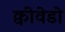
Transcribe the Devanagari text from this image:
क्वीवेडो